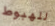
للهبوط